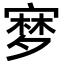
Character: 𡪎